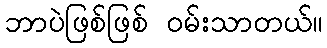
ဘာပဲဖြစ်ဖြစ် ဝမ်းသာတယ်။